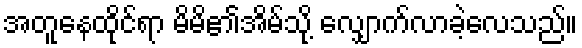
အတူနေထိုင်ရာ မိမိ၏အိမ်သို့ လျှောက်လာခဲ့လေသည်။